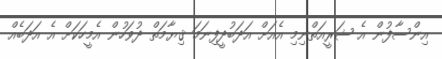
އިންސާފުން އެ ޝަރީއަތްނިމި އެއަށް އަދަބުދީފިނަމަ ޤިޔާމަތް ދުވަހުން އެމީހަކަށް އެ އަދަބެއް